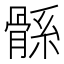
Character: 𩩌